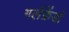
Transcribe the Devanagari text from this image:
गर्लफ्रेंडों